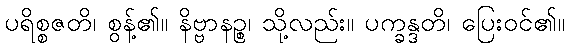
ပရိစ္စဇတိ၊ စွန့်၏။ နိဗ္ဗာနဉ္စ၊ သို့လည်း။ ပက္ခန္ဒတိ၊ ပြေးဝင်၏။